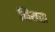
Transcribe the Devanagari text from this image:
बियरा